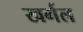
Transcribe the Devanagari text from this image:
खर्गल